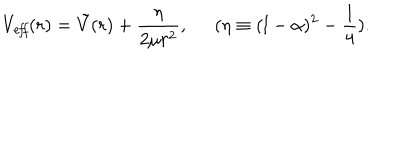
V _ { \it e f f } ( r ) = \tilde { V } ( r ) + \frac { \eta } { 2 \mu r ^ { 2 } } , \; \; ( \eta \equiv ( l - \alpha ) ^ { 2 } - \frac { 1 } { 4 } ) .